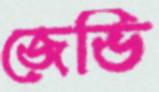
জেভি